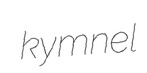
kymnel